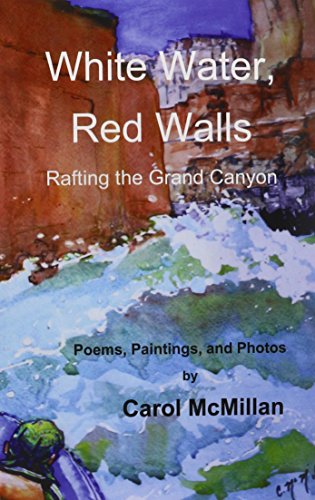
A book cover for White Water, Red Walls: Rafting the Grand Canyon; Carol McMillan; Sports & Outdoors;